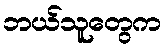
ဘယ်သူတွေက